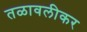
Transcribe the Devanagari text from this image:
तळावलीकर